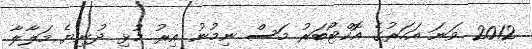
2012 ވަނަ އަހަރުގެ އޮކްޓޯބަރު މަސް ނިމުނު އިރު މުޅި ދުނިޔެ މަލާލާ